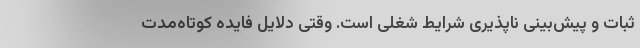
ثبات و پیش‌بینی ناپذیری شرایط شغلی است. وقتی دلایل فایده کوتاه‌مدت